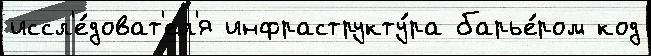
иссл'е́доват'ел'я инфраструкту́ра барье́ром код